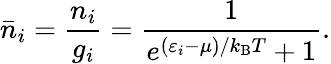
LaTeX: {\bar{n}}_{i}={\frac{n_{i}}{g_{i}}}={\frac{1}{e^{(\varepsilon_{i}-\mu)/k_{\mathrm{{B}}}T}+1}}.